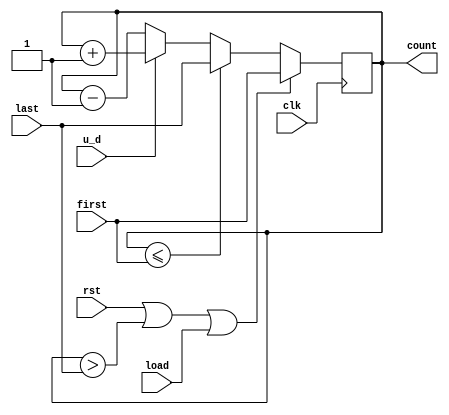
module counter_range_up_down_load(count,clk,rst,first,last,load,u_d);
  input clk,rst,load,u_d;
  input [7:0] first,last;
  output reg [7:0] count;
  always @(posedge clk) begin
    if (rst | count>last | load)
      count <= first;
    else if (count<=first)
      count <= last;
    else if(u_d)
      count <= count + 1'b1;
    else
      count <= count - 1'b1;
  end
endmodule